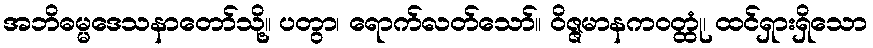
အဘိဓမ္မဒေသနာတော်သို့။ ပတွာ၊ ရောက်လတ်သော်။ ဝိဇ္ဇမာနကဝတ္ထုံ၊ ထင်ရှားရှိသော